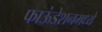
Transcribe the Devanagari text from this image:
फाऊंडेशनमध्ये